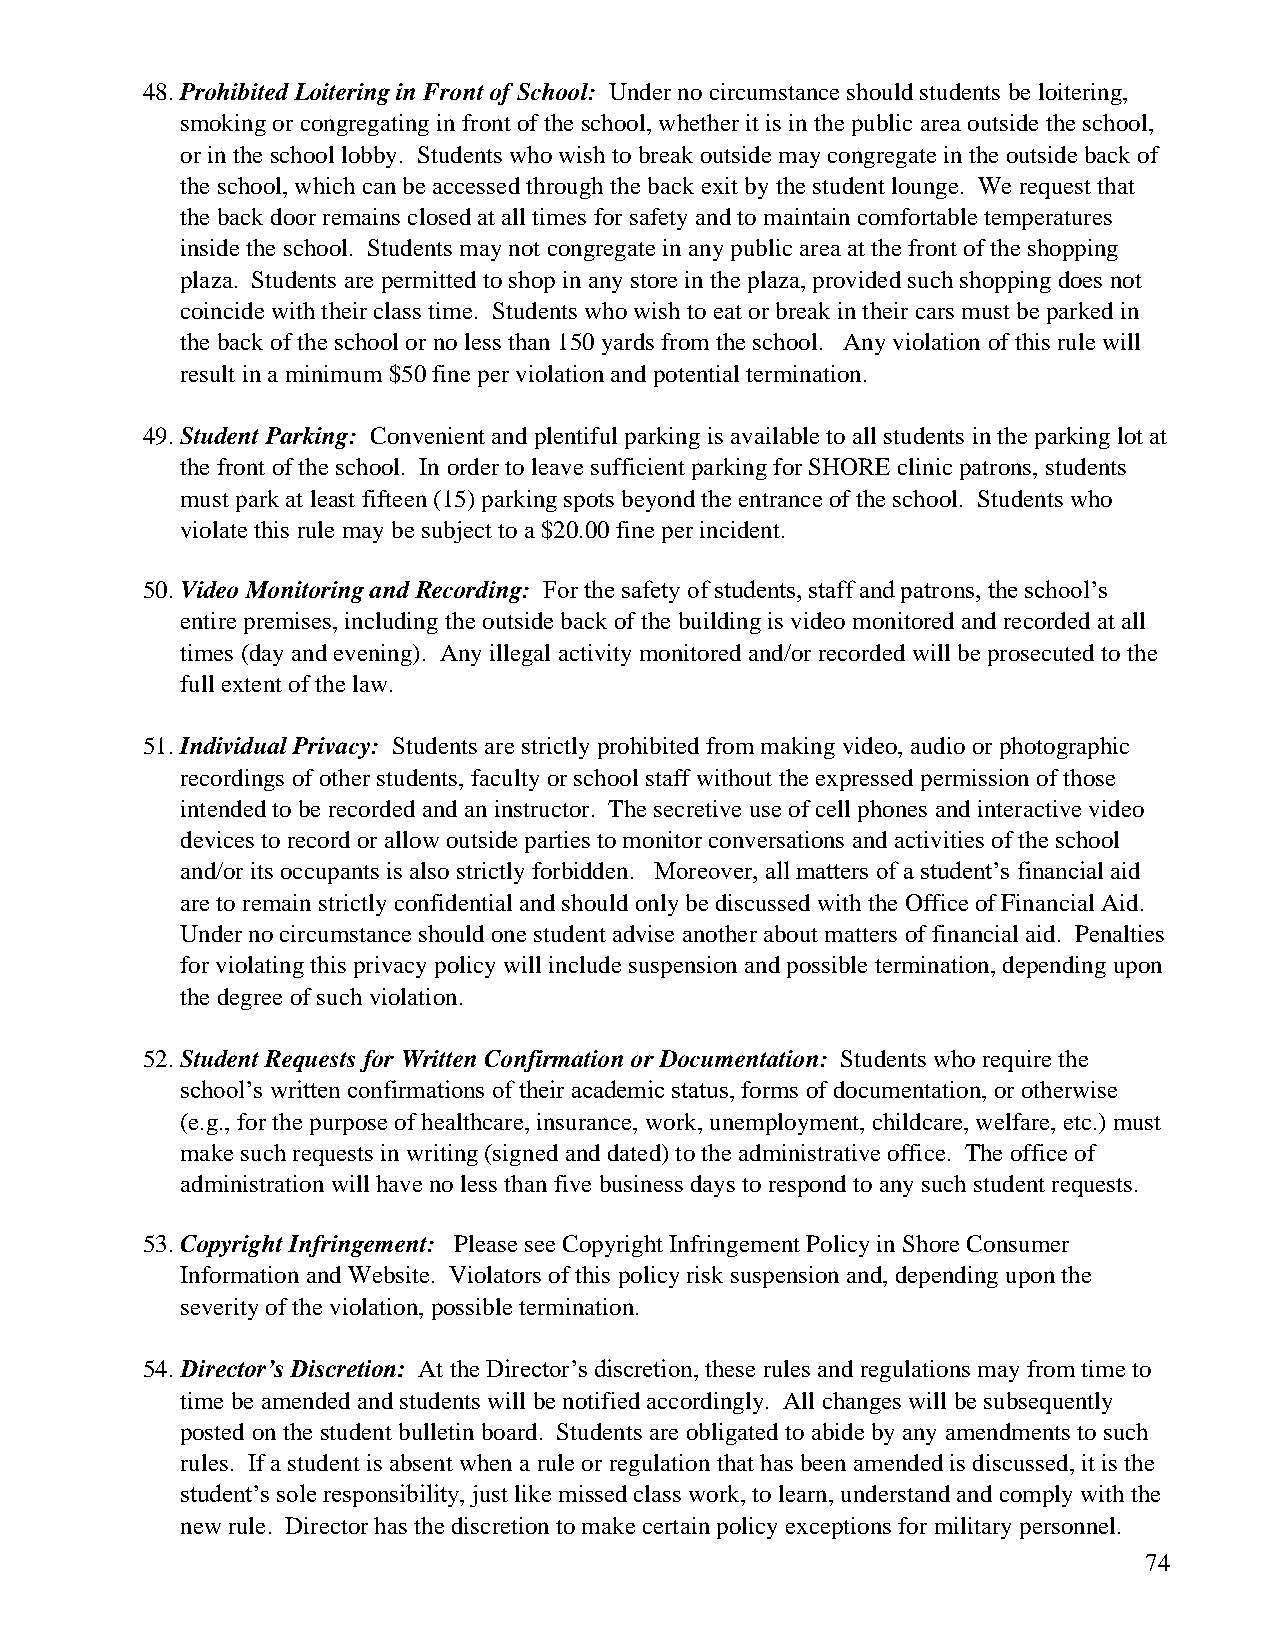
48. Prohibited Loitering in Front of School: Under no circumstance should students be loitering,
 smoking or congregating in front of the school, whether it is in the public area outside the school,
 or in the school lobby. Students who wish to break outside may congregate in the outside back of
 the school, which can be accessed through the back exit by the student lounge. We request that
 the back door remains closed at all times for safety and to maintain comfortable temperatures
 inside the school. Students may not congregate in any public area at the front of the shopping
 plaza. Students are permitted to shop in any store in the plaza, provided such shopping does not
 coincide with their class time. Students who wish to eat or break in their cars must be parked in
 the back of the school or no less than 150 yards from the school. Any violation of this rule will
 result in a minimum $50 fine per violation and potential termination.
 49. Student Parking: Convenient and plentiful parking is available to all students in the parking lot at
 the front of the school. In order to leave sufficient parking for SHORE clinic patrons, students
 must park at least fifteen (15) parking spots beyond the entrance of the school. Students who
 violate this rule may be subject to a $20.00 fine per incident.
 50. Video Monitoring and Recording: For the safety of students, staff and patrons, the school’s
 entire premises, including the outside back of the building is video monitored and recorded at all
 times (day and evening). Any illegal activity monitored and/or recorded will be prosecuted to the
 full extent of the law.
 51. Individual Privacy: Students are strictly prohibited from making video, audio or photographic
 recordings of other students, faculty or school staff without the expressed permission of those
 intended to be recorded and an instructor. The secretive use of cell phones and interactive video
 devices to record or allow outside parties to monitor conversations and activities of the school
 and/or its occupants is also strictly forbidden. Moreover, all matters of a student’s financial aid
 are to remain strictly confidential and should only be discussed with the Office of Financial Aid.
 Under no circumstance should one student advise another about matters of financial aid. Penalties
 for violating this privacy policy will include suspension and possible termination, depending upon
 the degree of such violation.
 52. Student Requests for Written Confirmation or Documentation: Students who require the
 school’s written confirmations of their academic status, forms of documentation, or otherwise
 (e.g., for the purpose of healthcare, insurance, work, unemployment, childcare, welfare, etc.) must
 make such requests in writing (signed and dated) to the administrative office. The office of
 administration will have no less than five business days to respond to any such student requests.
 53. Copyright Infringement: Please see Copyright Infringement Policy in Shore Consumer
 Information and Website. Violators of this policy risk suspension and, depending upon the
 severity of the violation, possible termination.
 54. Director’s Discretion: At the Director’s discretion, these rules and regulations may from time to
 time be amended and students will be notified accordingly. All changes will be subsequently
 posted on the student bulletin board. Students are obligated to abide by any amendments to such
 rules. If a student is absent when a rule or regulation that has been amended is discussed, it is the
 student’s sole responsibility, just like missed class work, to learn, understand and comply with the
 new rule. Director has the discretion to make certain policy exceptions for military personnel.
 74